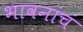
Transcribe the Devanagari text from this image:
भावनांचं